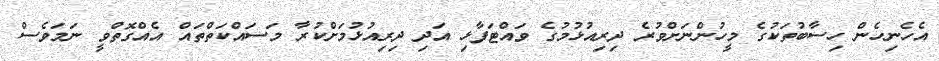
އެހެނިހެން ހިސާބުތަކުގެ މީހުންނަށްވުރެ ދިރިއުޅުމުގެ ވައްޓަފާޅި އަދި ދިރިއުޅުމަށްކުރާ މަސައްކަތްތައް އެއްގޮތްވީ ނަމަވެސް